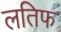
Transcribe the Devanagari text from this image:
लतिफ